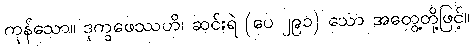
ကုန်သော။ ဒုက္ခဖေဿဟိ၊ ဆင်းရဲ (ပေ ၂၉၁) သော အတွေ့တို့ဖြင့်။